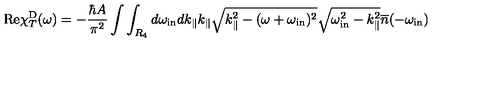
\mathrm { R e } \chi _ { T } ^ { \mathrm { D } } ( \omega ) = - \frac { \hbar A } { \pi ^ { 2 } } \int \int _ { R _ { 4 } } d \omega _ { \mathrm { i n } } d k _ { \| } k _ { \| } \sqrt { k _ { \| } ^ { 2 } - ( \omega + \omega _ { \mathrm { i n } } ) ^ { 2 } } \sqrt { \omega _ { \mathrm { i n } } ^ { 2 } - k _ { \| } ^ { 2 } } { \overline { n } } ( - \omega _ { \mathrm { i n } } )